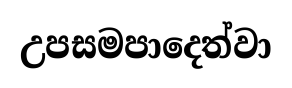
උපසමපාදෙත්වා